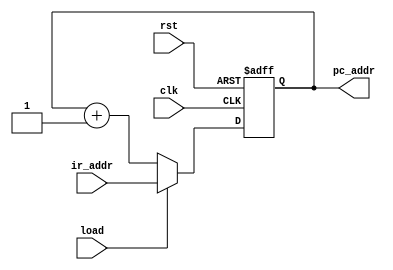
`timescale 1ns/1ns

module counter(pc_addr, ir_addr, load, clk, rst);
  output [12:0] pc_addr;
  input [12:0] ir_addr;
  input load, clk, rst;
  reg [12:0] pc_addr;

  always @(posedge clk or posedge rst)
    begin
      if (rst)
        pc_addr <= 13'b0_0000_0000_0000;
      else
        if (load)
	  pc_addr <= ir_addr;
	else
	  pc_addr <= pc_addr + 1;
    end

endmodule